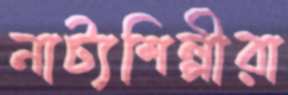
নাট্যশিল্পীরা